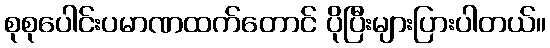
စုစုပေါင်းပမာဏထက်တောင် ပိုပြီးများပြားပါတယ်။